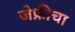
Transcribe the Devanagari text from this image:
जेफ्रीचा